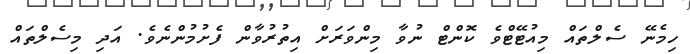
ހިމެނޭ ސެލްތައް މިއުޓޭޓްވެ ކޮންޓް ނުވާ މިންވަރަށް އިތުރުވާން ފެށުމުންނެވެ. އަދި މިސެލްތައް